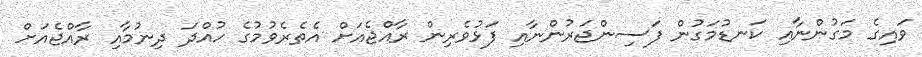
ވައިގެ މަގުންނާއި ކަނޑުމަގުން ފަސިންޖަރުންނާއި ފަޅުވެރިން ރާއްޖެއަށް އެތެރެވުމުގެ ހުއްދަ ދިނުމާއި ރާއްޖެއަށް